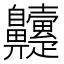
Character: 𮮹